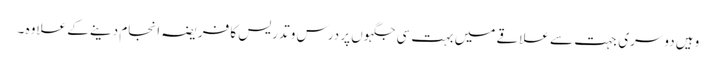
وہیں دوسری جہت سے علاقے میں بہت سی جگہوں پر درس و تدریس کا فریضہ انجام دینے کے علاوہ ۔